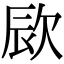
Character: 㰮